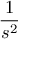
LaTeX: \frac { 1 } { s ^ { 2 } }